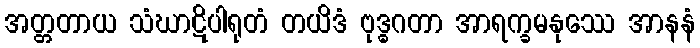
အတ္တတာယ သံဃာဋိပါရုတံ တယိဒံ ဗုဒ္ဓဂတာ အာရက္ခမနုဿေ အာနနံ